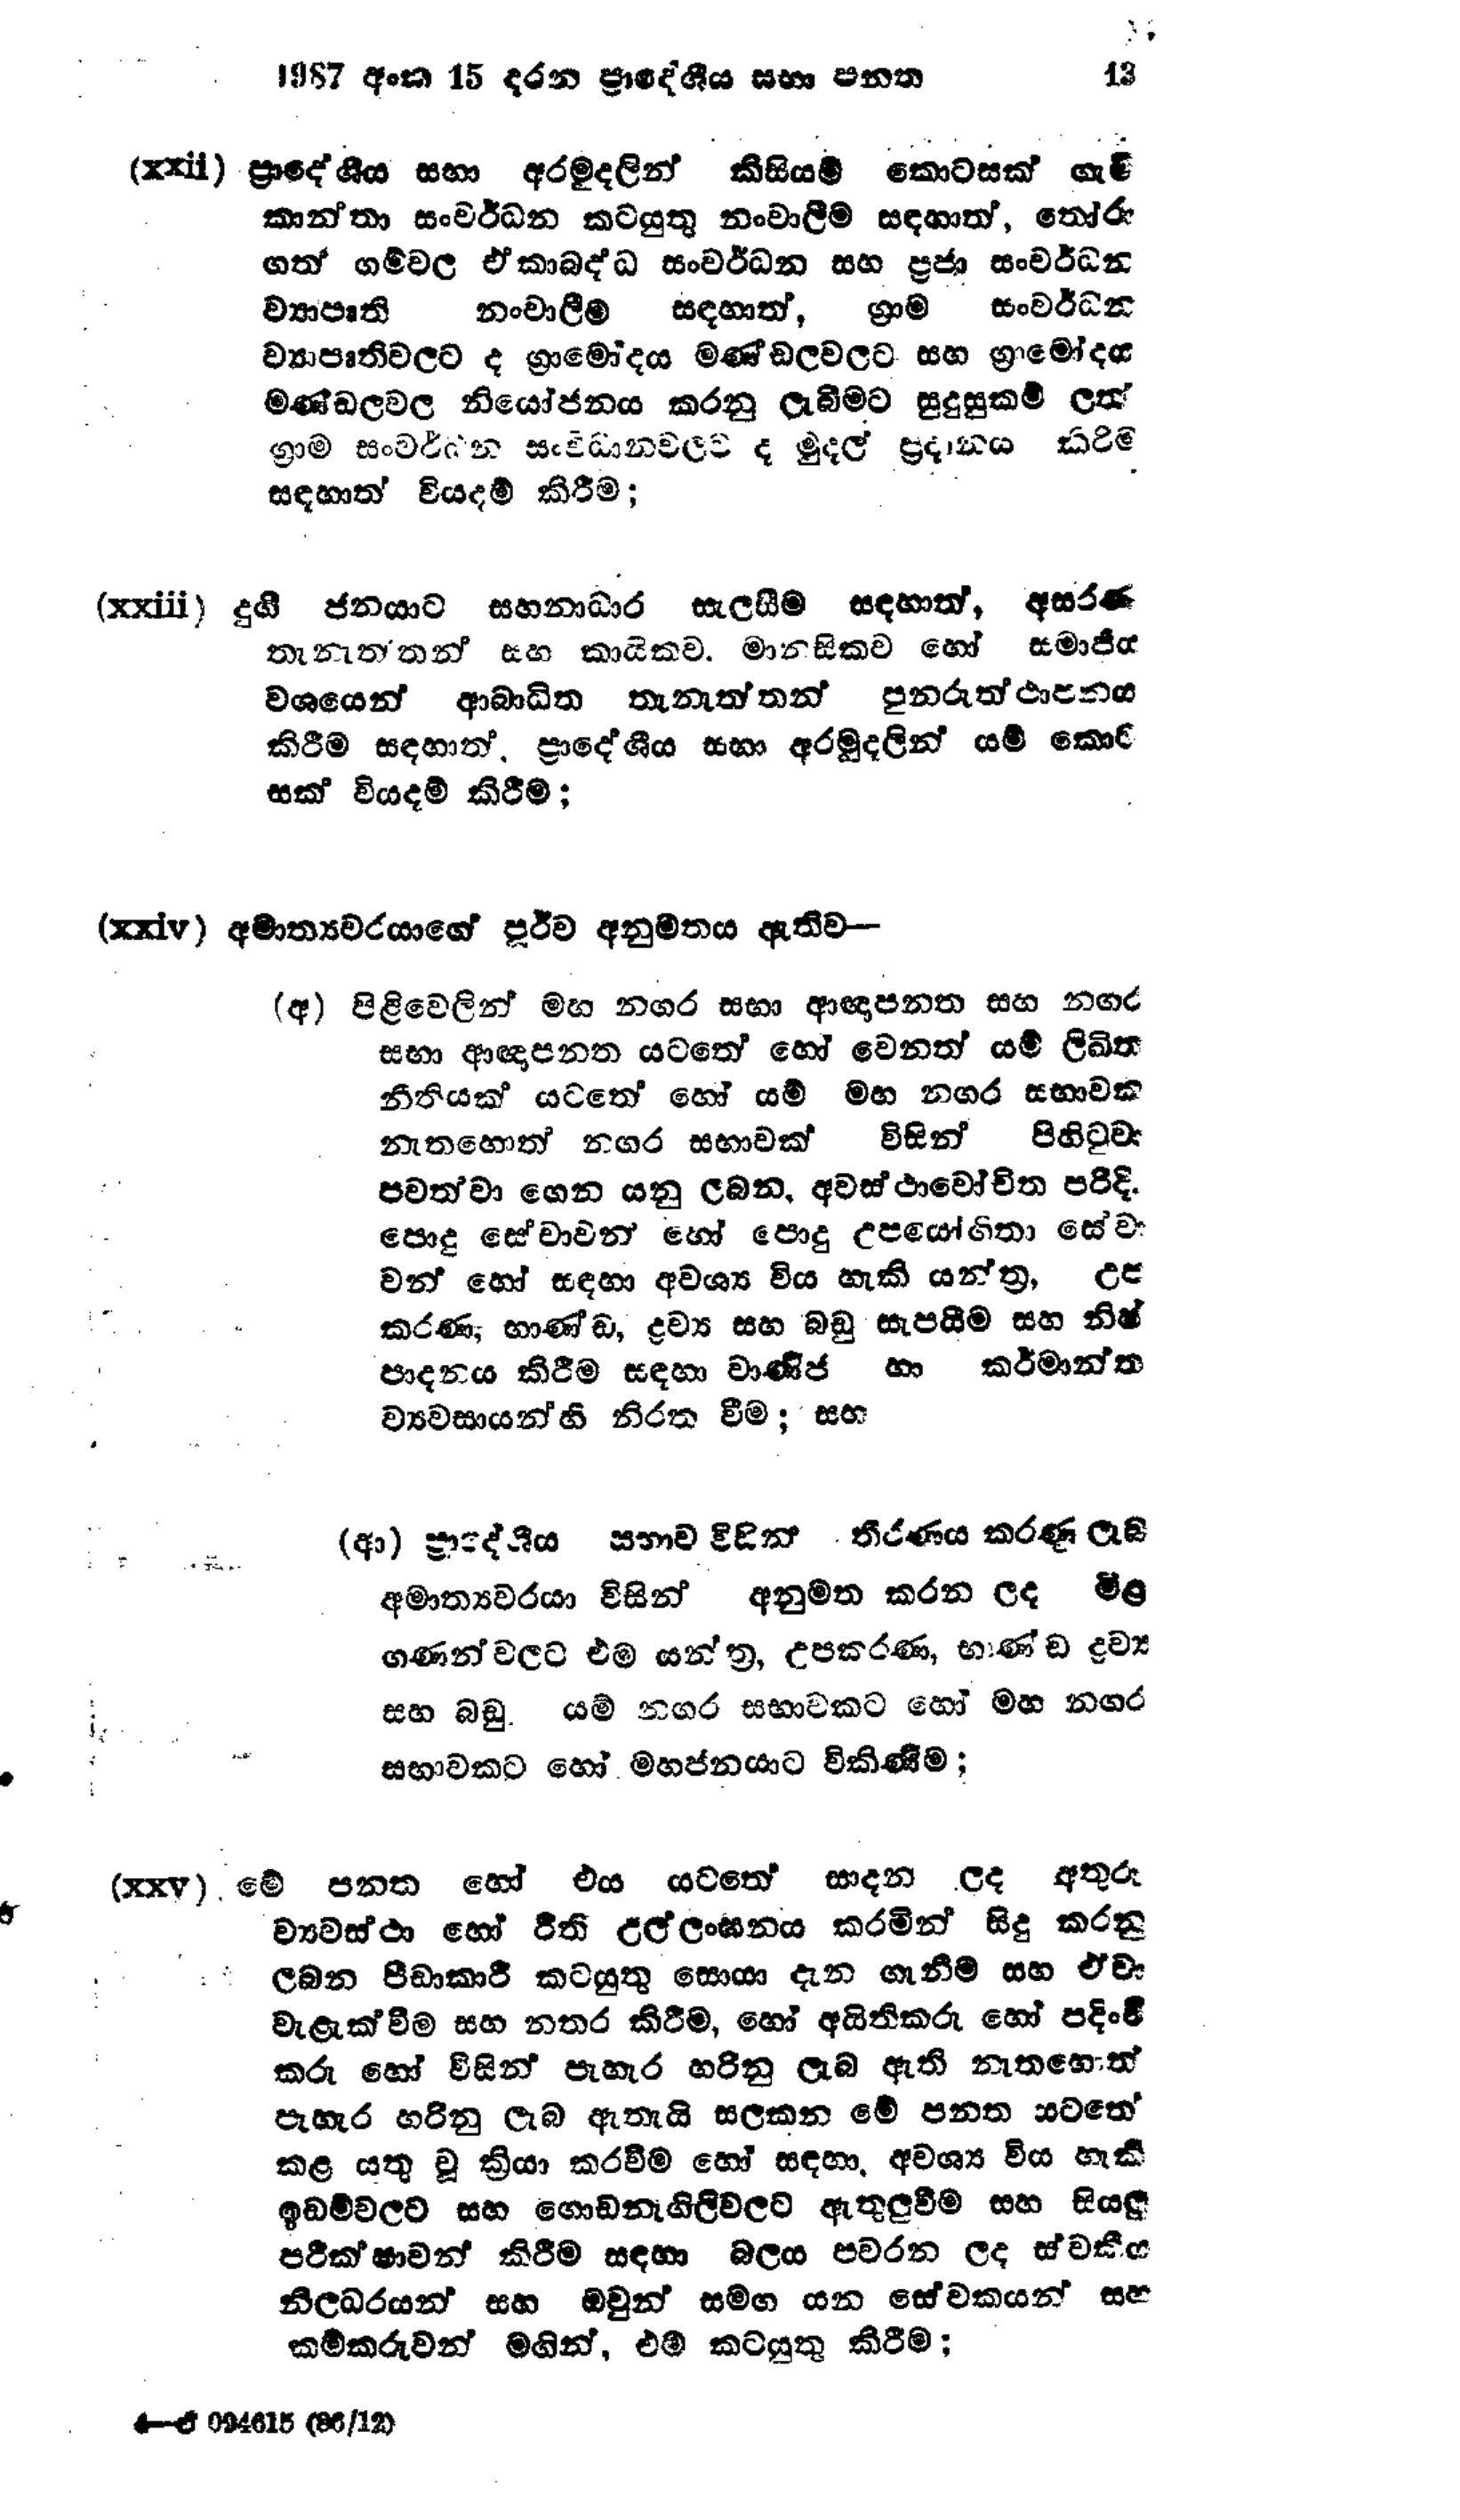
1987 අංක 15 දරන ප්‍රාදේශීය සභා පනත 13

(xxii) ප්‍රාදේශීය සභා අරමුදලින් කිසියම් කොටසක් ගැමි
කාන්තා සංවර්ධන කටයුතු නංවාලීම සඳහාත්, තෝරු
ගත් ගම්වල ඒකාබද්ධ සංවර්ධන සහ ප්‍රජා සංවර්ධන
ව්‍යාපෘති නංවාලීම සඳහාත්, ග්‍රාම සංවර්ධන
ව්‍යාපෘති වලට ද ග්‍රාමෝදය මණ්ඩලවලට සහ ග්‍රාමෝදය
මණ්ඩලවල නියෝජනය කරනු ලැබීමට සුදුසුකම් ලත්
ග්‍රාම සංවර්ධන සංවිධාන වලට ද මුදල් ප්‍රදානය කිරිම
සඳහාත් වියදම් කිරීම;

(xxiii) දුගී ජනයාට සහනාධාර සැලසීම සඳහාත්, අසරණ
තැනැත්තන් සහ කායිකව, මානසිකව හෝ සමාජීය
වශයෙන් ආබාධිත තැනැත්තන් පුනරුත්ථාපනය
කිරීම සඳහාත්, ප්‍රාදේශීය සභා අරමුදලින් යම් කොට
සක් වියදම් කිරීම;

(xxiv) අමාත්‍යවරයාගේ පූර්ව අනුමතය ඇතිව -

(අ) පිළිවෙලින් මහ නගර සභා ආඥාපනත සහ නගර
සභා ආඥාපනත යටතේ හෝ වෙනත් යම් ලිඛිත
නීතියක් යටතේ හෝ යම් මහ නගර සභාවක
නැතහොත් නගර සභාවක් විසින් පිහිටුවා
පවත්වා ගෙන යනු ලබන, අවස්ථාවෝචිත පරිදි.
පොදු සේවාවන් හෝ පොදු උපයෝගිතා සේවා
වන් හෝ සඳහා අවශ්‍ය විය හැකි යන්ත්‍ර, උප
කරණ, භාණ්ඩ, ද්‍රව්‍ය සහ බඩු සැපයීම සහ නිෂ්
පාදනය කිරීම සඳහා වාණිජ හා කර්මාන්ත
ව්‍යවසායන්හි නිරත වීම; සහ

(ආ) ප්‍රාද්ශීය සභාව විසින් තීරණය කරණු ලැබ
අමාත්‍යවරයා විසින් අනුමත කරන ලද මිළ
ගණන්වලට එම යන්ත්‍ර, උපකරණ, භාණ්ඩ ද්‍රව්‍ය
සහ බඩු. යම් නගර සභාවකට හෝ මහ නගර
සභාවකට හෝ මහජනයාට විකිණීම;

(xxv) මේ පනත හෝ එය යටතේ සාදන ලද අතුරු
ව්‍යවස්ථා හෝ රීති උල්ලංඝනය කරමින් සිදු කරනු
ලබන පීඩාකාරී කටයුතු සොයා දැන ගැනීම් සහ ඒවා
වැළැක්වීම සහ නතර කිරීම, හෝ අයිතිකරු හෝ පදිංචි
කරු හෝ විසින් පැහැර හරිනු ලැබ ඇති නැතහොත්
පැහැර හරිනු ලැබ ඇතැයි සලකන මේ පනත යටතේ
කළ යතු වූ ක්‍රියා කරවීම හෝ සඳහා අවශ්‍ය විය හැකි
ඉඩම් වලට සහ ගොඩනැගිලිවලට ඇතුලුවීම සහ සියලු
පරික්ෂාවන් කිරීම සඳහා බලය පවරන ලද ස්වකීය
නිලධරයන් සහ ඔවුන් සමග යන සේවකයන් සහ
කම්කරුවන් මගින්, එම කටයුතු කිරීම;

-ඒ 094615 (86/12)